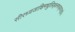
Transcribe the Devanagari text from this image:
सीरध्वजाक्षिमधुलिड्वनरुड्वराङ्घ्रेः।